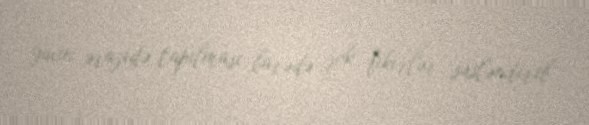
yaxın ərazidə tapılması barədə şok fikirlər səsləndirib.